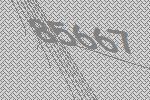
85667